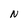
Character: N